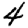
Digit: 4